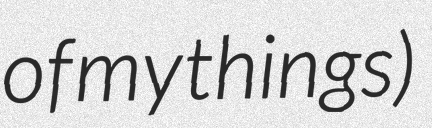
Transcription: of my things)